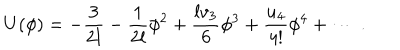
U ( \phi ) = - \frac 3 { 2 l } - \frac 1 { 2 l } \phi ^ { 2 } + \frac { l v _ { 3 } } { 6 } \phi ^ { 3 } + \frac { u _ { 4 } } { 4 ! } \phi ^ { 4 } + \cdots ~ .